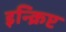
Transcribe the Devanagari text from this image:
इन्क्रिप्ट